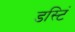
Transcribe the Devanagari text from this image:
डस्टिं